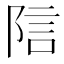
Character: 𬯂